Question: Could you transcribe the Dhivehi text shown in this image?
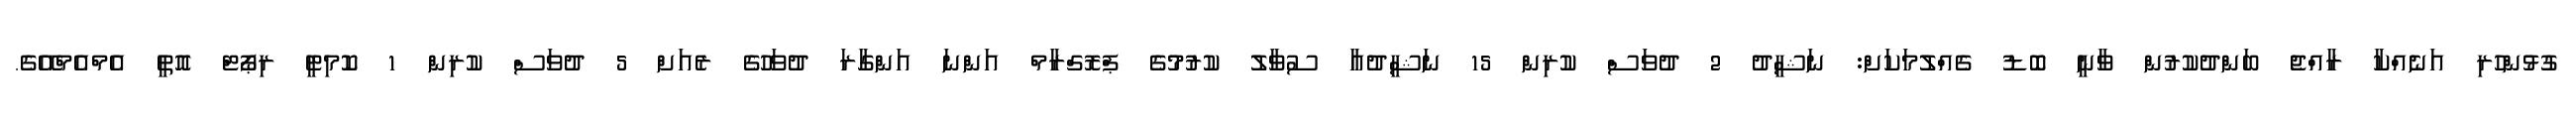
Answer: ގުޅުންހުރި އަނެއްކާ ރާއްޖެ ބަންދުކުރުން ވާނީ ބޮޑު ގެއްލުމަކަށް: ނަޝީދު 2 ދުވަސް ކުރިން 15 ނަޝީދުއާ ސުވާލު ކުރުމުގެ ޕްރޮގްރާމް އަންނަ އަންގާރަ ދުވަހުގެ ރެއަށް 5 ދުވަސް ކުރިން 1 ކޮމިޓީ ރިޕޯޓް އޮތީ އެމްއެމްއޭގެ.